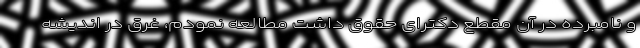
و نامبرده در آن مقطع دکترای حقوق داشت مطالعه نمودم، غرق در اندیشه